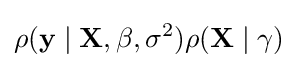
\rho (\mathbf {y} \mid {\boldsymbol {\mathbf {X} }},\beta ,\sigma ^{2})\rho (\mathbf {X} \mid \gamma )